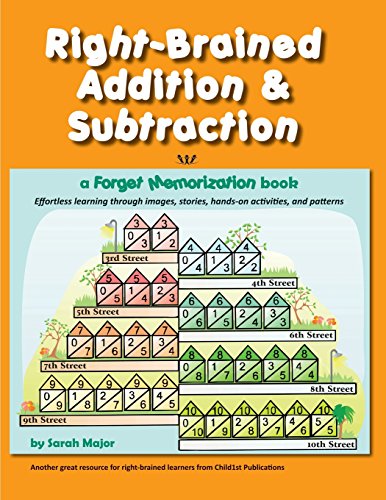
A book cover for Right-Brained Addition & Subtraction; Sarah Major; Science & Math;